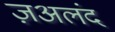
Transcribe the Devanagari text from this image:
ज़अलंद